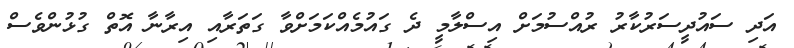
އަދި ސައުދީސަރުކާރު ރުއްސުމަށް އިސްލާމީ ދެ ގައުމެއްކަމަށްވާ ގަތަރާއި އިރާނާ އޮތް ގުޅުންވެސް